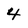
Character: 4